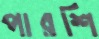
পারশি